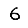
Digit: 6